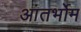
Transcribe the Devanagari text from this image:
आंतर्भोम